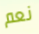
نعم